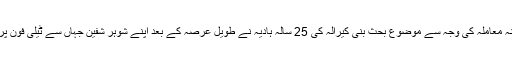
لو جہاد کے مبینہ معاملہ کی وجہ سے موضوع بحث بنی کیرالہ کی 25 سالہ ہادیہ نے طویل عرصہ کے بعد اپنے شوہر شفین جہاں سے ٹیلی فون پر بات چیت کی ۔